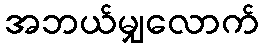
အဘယ်မျှလောက်